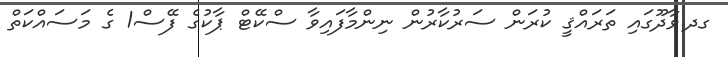
ގދ.ވާދޫގައި ތަރައްޤީ ކުރަން ސަރުކާރުން ނިންމާފައިވާ ސްކޭޓް ޕާކުގެ ފޭސް1 ގެ މަސައްކަތް